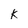
Character: k